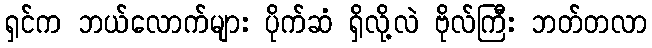
ရှင်က ဘယ်လောက်များ ပိုက်ဆံ ရှိလို့လဲ ဗိုလ်ကြီး ဘတ်တလာ